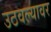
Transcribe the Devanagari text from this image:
उठवल्यावर